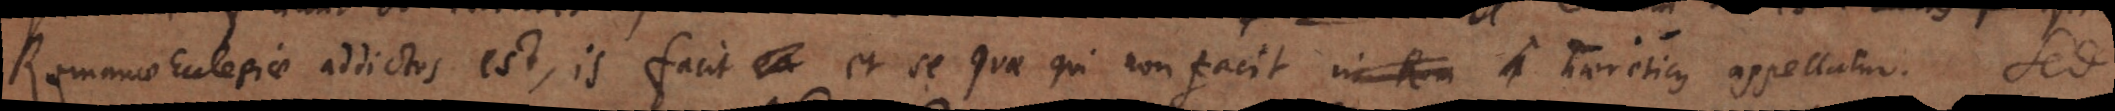
Romanae Ecclesiae addictus est, is facit et se quae qui non facit in Rom a haereticus appellatur. Sed